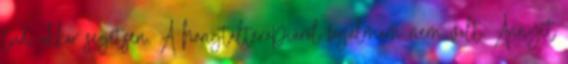
tud, akkor segítsen. A hangtálterápiáról fogalmam nem volt. Annyit